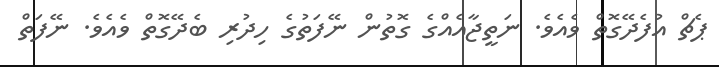
ޕެޗް އުފެދޭގޮތް ވެއެވެ. ނަތީޖާއެއްގެ ގޮތުން ނޭފަތުގެ ހިދުރި ބެދޭގޮތް ވެއެވެ. ނޭފަތް